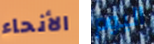
الأنحاء اليوم